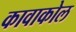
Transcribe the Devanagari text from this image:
कावाकोल